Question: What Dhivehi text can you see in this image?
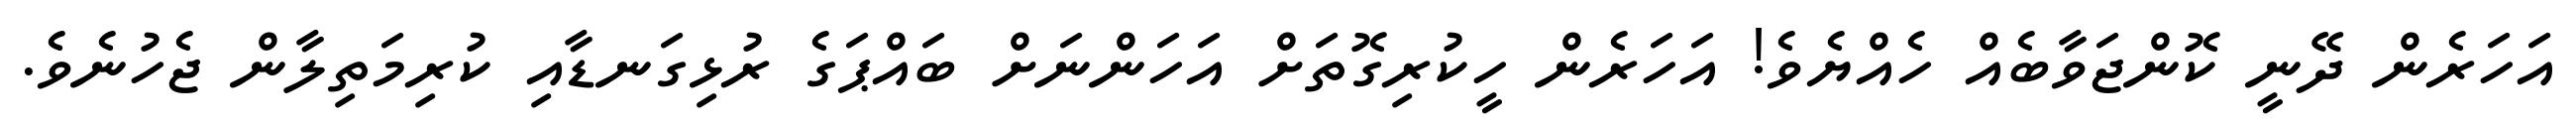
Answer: އަހަރެން ދޭނީ ކޮންޖަވާބެއް ހެއްޔެވެ! އަހަރެން ހީކުރިގޮތަށް އަހަންނަށް ބައްޕަގެ ރުޅިގަނޑާއި ކުރިމަތިލާން ޖެހުނެވެ.